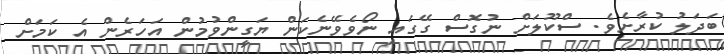
ބަދަލު ކުރާށެވެ. ސްކޫލަށް ނުގޮސް ގޭގައި ނޯވެވޭނެކަން ޔަގީންވުމުން އަހަރެން އެ ކަމަށް